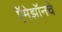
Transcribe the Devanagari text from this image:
ऍमेझॉनचे